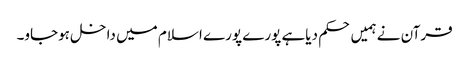
قرآن نے ہمیں حکم دیاہے پورے پورے اسلام میں داخل ہوجاو۔